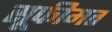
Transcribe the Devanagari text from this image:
सूफीमत